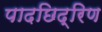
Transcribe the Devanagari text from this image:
पादछिद्रिण